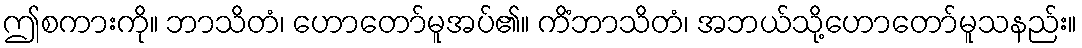
ဤစကားကို။ ဘာသိတံ၊ ဟောတော်မူအပ်၏။ ကိံဘာသိတံ၊ အဘယ်သို့ဟောတော်မူသနည်း။